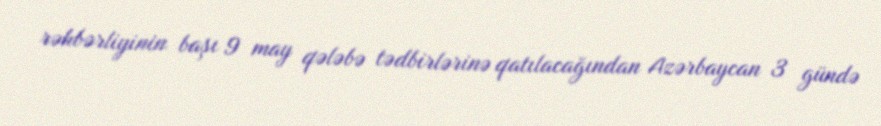
rəhbərliyinin başı 9 may qələbə tədbirlərinə qatılacağından Azərbaycan 3 gündə